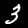
Digit: 3